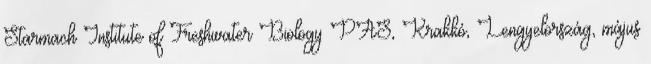
Starmach Institute of Freshwater Biology PAS, Krakkó, Lengyelország, május